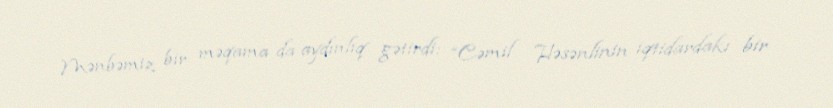
Mənbəmiz bir məqama da aydınlıq gətirdi: “Cəmil Həsənlinin iqtidardakı bir